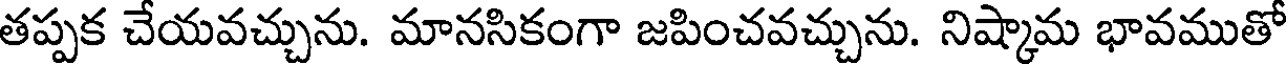
తప్పక చేయవచ్చును. మానసికంగా జపించవచ్చును. నిష్కామ భావముతో